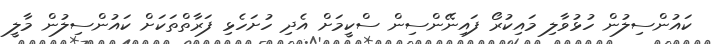
ކައުންސިލުން ހުޅުވާލި މައިކުރޯ ފައިނޭންސިން ސްކީމަށް އެދި ހުށަހެޅި ފަރާތްތަކަށް ކައުންސިލުން މާލީ